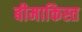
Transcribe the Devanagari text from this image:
बीमाकिस्त